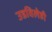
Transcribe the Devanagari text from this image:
उडविलेही